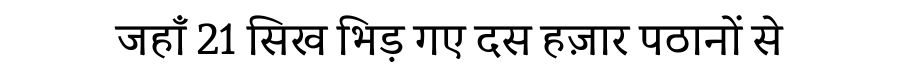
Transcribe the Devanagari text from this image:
जहाँ 21 सिख भिड़ गए दस हज़ार पठानों से